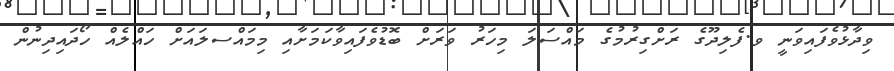
ވިދާޅުވެފައިވަނީ ވ.ފެލިދޫގެ ރަށްގިރުމުގެ މައްސަލަ މިހަރު ވަރަށް ބޮޑުވެފައިވާކަމަށާއި މިމައްސލައަށް ހައްލެއް ހޯދައިދިނުން